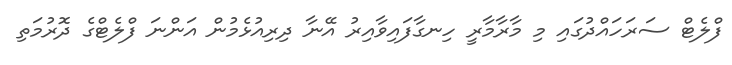
ފްލެޓް ސަރަހައްދުގައި މި މާރާމާރީ ހިނގާފައިވާއިރު އޭނާ ދިރިއުޅެމުން އަންނަ ފްލެޓްގެ ދޮރުމަތި